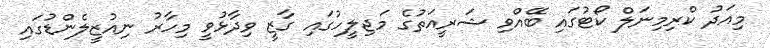
މިއަދު ކްރިމިނަލް ކޯޓުގައި ބޭއްވި ޝަރީއަތުގެ މަޖިލީހުގައި ގާޒީ ވިދާޅުވީ މިހާރު ނިއުޒީލެންޑުގައި